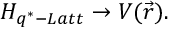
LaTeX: H _ { q ^ { \ast } - L a t t } \rightarrow V ( \vec { r } ) .